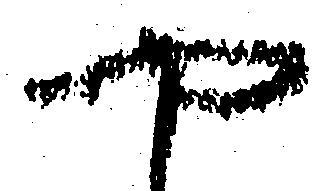
や